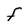
Character: F